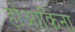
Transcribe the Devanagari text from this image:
होआकिना